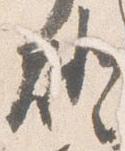
灯